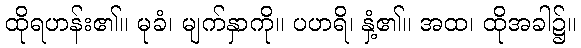
ထိုရဟန်း၏။ မုခံ၊ မျက်နှာကို။ ပဟရိ၊ နှံ့၏။ အထ၊ ထိုအခါ၌။